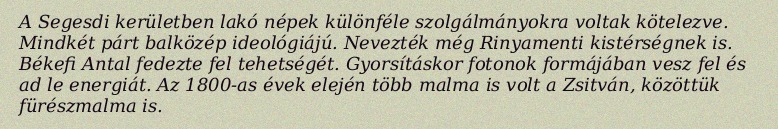
A Segesdi kerületben lakó népek különféle szolgálmányokra voltak kötelezve. Mindkét párt balközép ideológiájú. Nevezték még Rinyamenti kistérségnek is. Békefi Antal fedezte fel tehetségét. Gyorsításkor fotonok formájában vesz fel és ad le energiát. Az 1800-as évek elején több malma is volt a Zsitván, közöttük fürészmalma is.